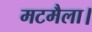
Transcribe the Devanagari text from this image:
मटमैला।